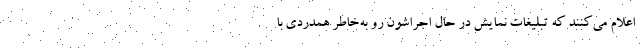
اعلام می‌کنند که تبلیغات نمایش در حال اجراشون رو به‌خاطر همدردی با